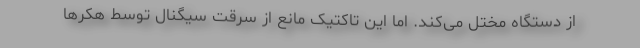
از دستگاه مختل می‌کند. اما این تاکتیک مانع از سرقت سیگنال توسط هکرها